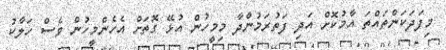
މިފަދަކަންތައްތަ އާމުކޮށް އަދި ފަތުރަމުންދާ މިމީހުން އުޅޭ ގޮތަށް އެހެންމީހުން ވެސް ހަލާކު